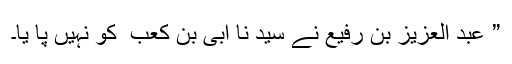
” عبد العزیز بن رفیع نے سید نا ابی بن کعب ؓ کو نہیں پا یا۔